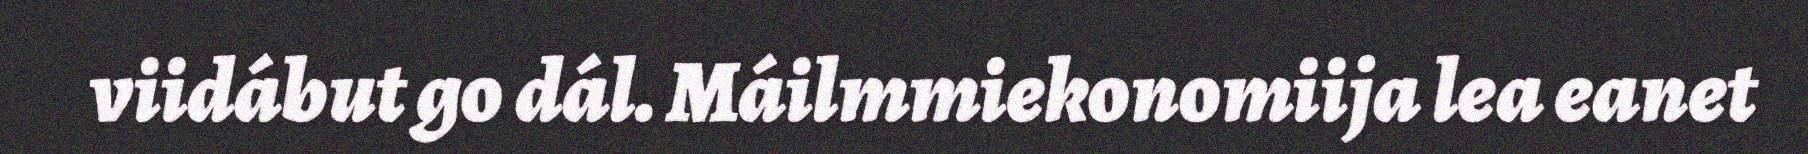
viidábut go dál. Máilmmiekonomiija lea eanet